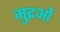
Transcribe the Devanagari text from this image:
मुद्रओं